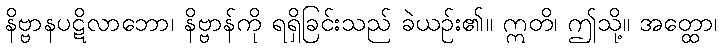
နိဗ္ဗာနပဋိလာဘော၊ နိဗ္ဗာန်ကို ရရှိခြင်းသည် ခဲယဉ်း၏။ ဣတိ၊ ဤသို့။ အတ္ထော၊